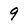
Character: 9